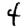
Digit: 4